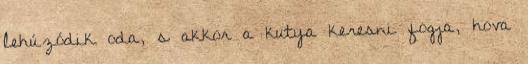
lehúzódik oda, s akkor a kutya keresni fogja, hova